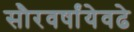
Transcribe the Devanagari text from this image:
सौरवर्षांयेवढे